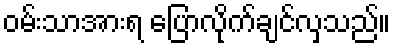
ဝမ်းသာအားရ ပြောလိုက်ချင်လှသည်။